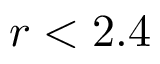
r < 2 . 4